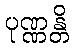
ပုဏ္ဏန္တိ